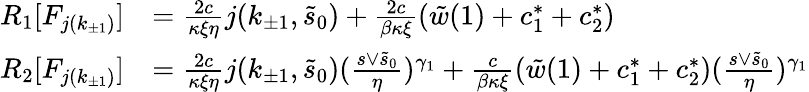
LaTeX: \begin{array}{rl}{R_{1}[F_{j(k_{\pm 1})}]}&{=\frac{2c}{\kappa\xi\eta}j(k_{\pm 1},\tilde{s}_{0})+\frac{2c}{\beta\kappa\xi}(\tilde{w}(1)+c_{1}^{\ast}+c_{2}^{\ast})}\\ {R_{2}[F_{j(k_{\pm 1})}]}&{=\frac{2c}{\kappa\xi\eta}j(k_{\pm 1},\tilde{s}_{0})(\frac{s\vee\tilde{s}_{0}}\eta)^{\gamma_{1}}+\frac c{\beta\kappa\xi}(\tilde{w}(1)+c_{1}^{\ast}+c_{2}^{\ast})(\frac{s\vee\tilde{s}_{0}}\eta)^{\gamma_{1}}}\end{array}